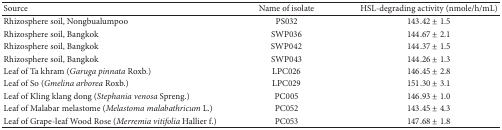
| Source | Name of isolate | HSL-degrading activity (nmole/h/mL) |
 | --- | --- | --- |
 | Rhizosphere soil, Nongbualumpoo | PS032 | 143.42 ± 1.5 |
 | Rhizosphere soil, Bangkok | SWP036 | 144.67 ± 2.1 |
 | Rhizosphere soil, Bangkok | SWP042 | 144.37 ± 1.5 |
 | Rhizosphere soil, Bangkok | SWP043 | 144.26 ± 1.3 |
 | Leaf of Ta khram (Garuga pinnata Roxb.) | LPC026 | 146.45 ± 2.8 |
 | Leaf of So (Gmelina arborea Roxb.) | LPC029 | 151.30 ± 3.1 |
 | Leaf of Kling klang dong (Stephania venosa Spreng.) | PC005 | 146.93 ± 1.0 |
 | Leaf of Malabar melastome (Melastoma malabathricum L.) | PC052 | 143.45 ± 4.3 |
 | Leaf of Grape-leaf Wood Rose (Merremia vitifolia Hallier f.) | PC053 | 147.68 ± 1.8 |